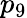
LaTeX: p_{9}